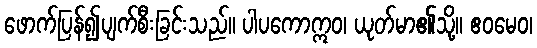
ဖောက်ပြန်၍ပျက်စီးခြင်းသည်။ ပါပကောဣဝ၊ ယုတ်မာ၏သို့။ ဧဝမေဝ၊